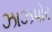
ઝાઝપોર